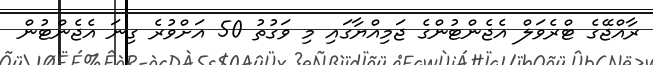
ރާއްޖޭގެ ޓްރެވަލް އެޖެންޓުންގެ ޖަމިއްޔާގައި މި ވަގުތު 50 އަށްވުރެ ގިނަ އެޖެންޓުން